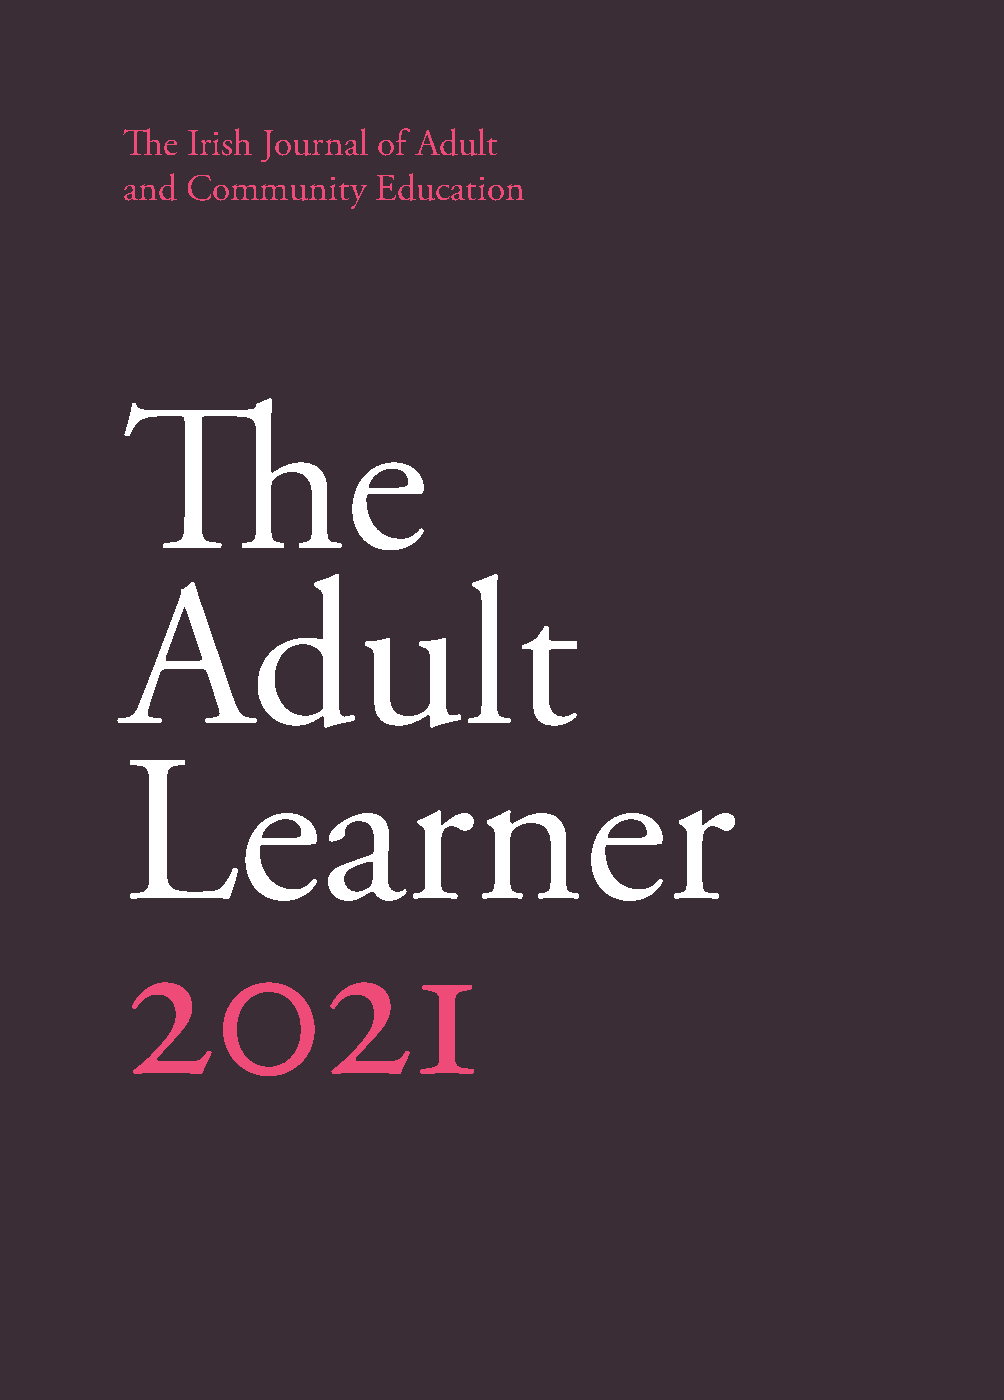
The Adult Learner is the Irish journal for adult and community education ThThee IIrriisshh JJoouurrnnaall ooff AAdduulltt
 founded in the mid 1980s and is published by AONTAS.
 aanndd CCoommmmuunniittyy EEdduuccaattiioonn
 Its aim is to serve the needs of the adult education and lifelong learning
 community both in Ireland and internationally by providing a forum for
 critical discussion and reflection. The journal seeks to make new knowledge easily
 accessible to the widest possible audience through emphasising the importance of
 describing and critiquing practice and through publishing the results of research.
 The journal gives priority to subject matter that addresses issues of community,
 citizenship and learning and which focus on disadvantage, literacy and equality.
 It also includes contributions on how adults learn in formal, non-formal and The
 informal settings including life and work contexts.
 The journal provides a forum for publication and dissemination of reflections on
 research, policy and practice in the broad field of adult and community education.
 The journal can also be viewed on the AONTAS website, where further details
 Adult
 on how individuals can make contributions are made available each year.
 Visit www.aontas.com for more information.
 Follow our work on
 Learner
 2021
 The
 Irish
 Journal
 of
 Adult
 and
 Community
 Education
 The
 Adult
 Learner
 2021